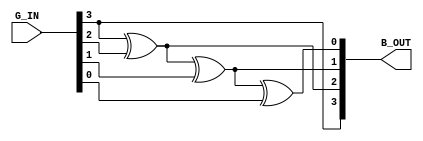
`timescale 1ns / 1ps
//////////////////////////////////////////////////////////////////////////////////

// ID     : N180116
//Branch  : ECE
//Project Name : RTL design using Verilog
//Design  Nmae : GRAY BINARY CODE CONVERTOR
//Module  Nmae : GRAY_TO_BINARY CODE CONVERTOR DESIGN
//RGUKT NUZVID 
//////////////////////////////////////////////////////////////////////////////////


module GRAY_TO_BINARY(G_IN,B_OUT);
input [3:0]G_IN;
output [3:0]B_OUT;
assign B_OUT[3] = G_IN[3];
assign B_OUT[2] = B_OUT[3] ^ G_IN[2];
assign B_OUT[1] = B_OUT[2] ^ G_IN[1];
assign B_OUT[0] = B_OUT[1] ^ G_IN[0];
endmodule